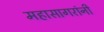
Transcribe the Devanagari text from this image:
महासागरांनी